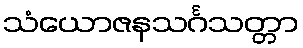
သံယောဇနသင်္ဂသတ္တာ